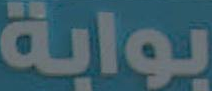
بوابة